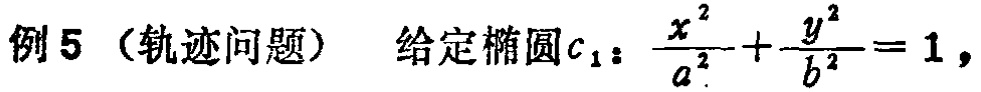
例5（轨迹问题） 给定椭圆$c_1:\frac{x^{2}}{a^{2}}+\frac{y^{2}}{b^{2}} = 1$，